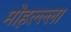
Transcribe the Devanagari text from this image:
मोहल्ल्ला